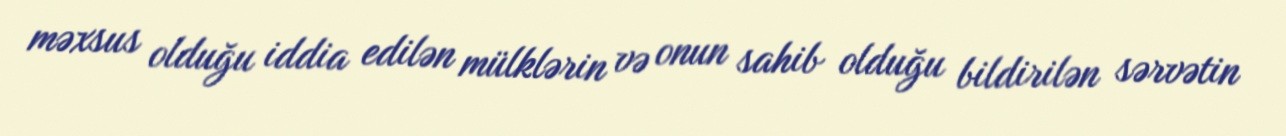
məxsus olduğu iddia edilən mülklərin və onun sahib olduğu bildirilən sərvətin